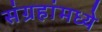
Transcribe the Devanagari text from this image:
संग्रहांमध्ये